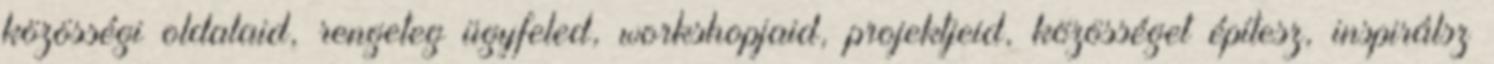
közösségi oldalaid, rengeteg ügyfeled, workshopjaid, projektjeid, közösséget építesz, inspirálsz